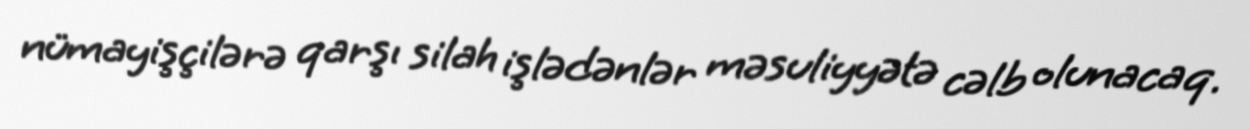
nümayişçilərə qarşı silah işlədənlər məsuliyyətə cəlb olunacaq.